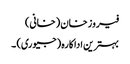
فیروز خان (خانی)
بہترین اداکارہ (جیوری) ۔